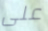
على